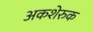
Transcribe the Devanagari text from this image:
अकशेरुक